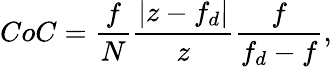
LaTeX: CoC=\frac{f}{N}\frac{\left|z-f_{d}\right|}{z}\frac{f}{f_{d}-f},